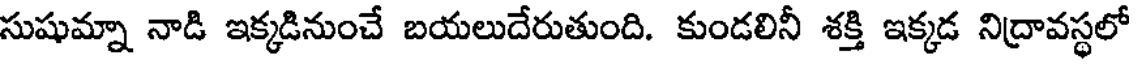
సుషుమ్నా నాడి ఇక్కడినుంచే బయలుదేరుతుంది. కుండలినీ శక్తి ఇక్కడ నిద్రావస్థలో